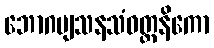
ဘောဂဗျသနသံဝတ္တနိကော